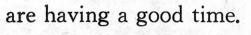
are having a good time.